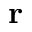
{ \bf r }